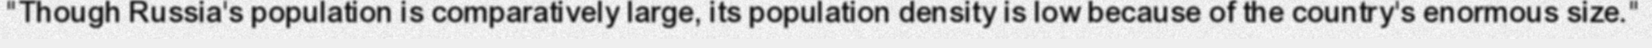
"Though Russia's population is comparatively large, its population density is low because of the country's enormous size."